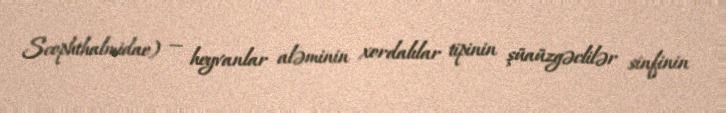
Scophthalmidae) — heyvanlar aləminin xordalılar tipinin şüaüzgəclilər sinfinin